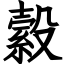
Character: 縠